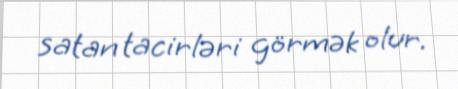
satan tacirləri görmək olur.